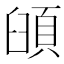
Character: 𩒦